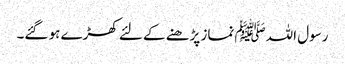
رسول اللہﷺ نماز پڑھنے کے لئے کھڑے ہو گئے۔